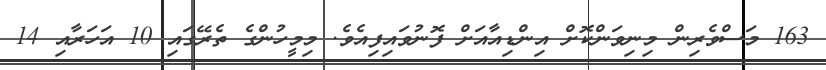
163 މަސްވެރިން މިނިވަންކޮށް އިންޑިއާއަށް ފޮނުވައިފިއެވެ. މިމީހުންގެ ތެރޭގައި 10 އަހަރާއި 14